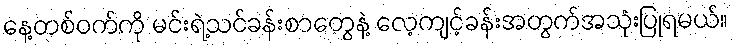
နေ့တစ်ဝက်ကို မင်းရဲ့သင်ခန်းစာတွေနဲ့ လေ့ကျင့်ခန်းအတွက်အသုံးပြုရမယ်။